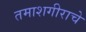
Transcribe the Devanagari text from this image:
तमाशगीराचे